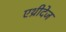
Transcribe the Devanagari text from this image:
एथ्रीदेज